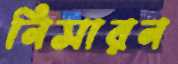
নিসারন